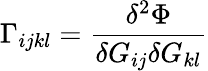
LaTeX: \Gamma_{ijkl}={\frac{\delta^{2}\Phi}{\delta G_{ij}\delta G_{kl}}}